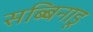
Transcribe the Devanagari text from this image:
सब्बिनाडू